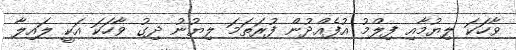
ވާހަކަ ލިޔުމާއި ފިލްމު އުފެއްދުން ފުރަތަމަ ލިޔުނު ދިގު ވާހަކަ އަކީ ލައިލާ